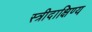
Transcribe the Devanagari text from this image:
स्त्रीदाक्षिण्य